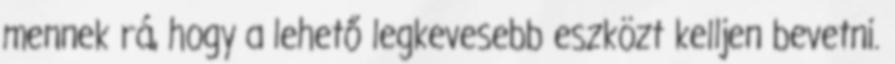
mennek rá, hogy a lehető legkevesebb eszközt kelljen bevetni.